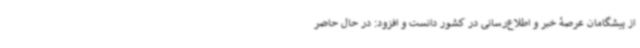
از پیشگامان عرصۀ خبر و اطلاع‌رسانی در کشور دانست و افزود: در حال حاضر